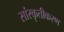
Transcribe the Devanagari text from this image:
सांस्कृतीकरण